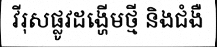
វីរុសផ្លូវដង្ហើមថ្មី និងជំងឺ